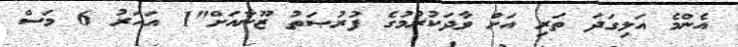
އެންމެ އަލިގަދަ ތަރި އަށް ވާދަކުރުމުގެ ފުރުޞަތު ޒޫނާއަށް"1 އަހަރު 6 މަސް